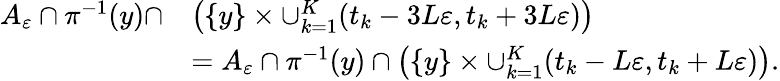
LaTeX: \begin{array}{rl}{A_{\varepsilon}\cap\pi^{-1}(y)\cap}&{\left(\{ y\} \times\cup_{k=1}^{K}(t_{k}-3L\varepsilon,t_{k}+3L\varepsilon)\right)}\\ &{=A_{\varepsilon}\cap\pi^{-1}(y)\cap\left(\{ y\} \times\cup_{k=1}^{K}(t_{k}-L\varepsilon,t_{k}+L\varepsilon)\right).}\end{array}